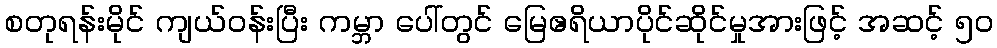
စတုရန်းမိုင် ကျယ်ဝန်းပြီး ကမ္ဘာ ပေါ်တွင် မြေဧရိယာပိုင်ဆိုင်မှုအားဖြင့် အဆင့် ၅၀